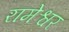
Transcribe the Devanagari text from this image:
रामेश्वर